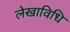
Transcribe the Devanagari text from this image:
लेखाविधि